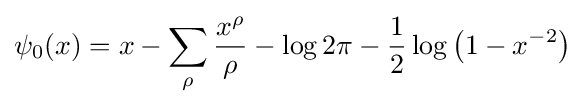
\psi _{0}(x)=x-\sum _{\rho }{\frac {x^{\rho }}{\rho }}-\log 2\pi -{\frac {1}{2}}\log \left(1-x^{-2}\right)